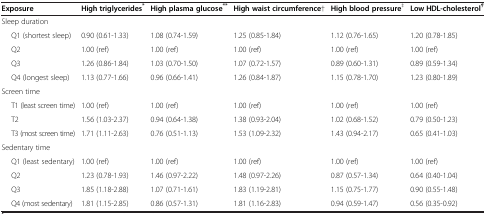
<table><thead><tr><td><b>Exposure</b></td><td><b>High triglycerides<sup>*</sup></b></td><td><b>High plasma glucose<sup>**</sup></b></td><td><b>High waist circumference†</b></td><td><b>High blood pressure<sup>‡</sup></b></td><td><b>Low HDL-cholesterol<sup><i>¶</i></sup></b></td></tr></thead><tbody><tr><td>Sleep duration</td><td> </td><td> </td><td> </td><td> </td><td> </td></tr><tr><td>Q1 (shortest sleep)</td><td>0.90 (0.61-1.33)</td><td>1.08 (0.74-1.59)</td><td>1.25 (0.85-1.84)</td><td>1.12 (0.76-1.65)</td><td>1.20 (0.78-1.85)</td></tr><tr><td>Q2</td><td>1.00 (ref)</td><td>1.00 (ref)</td><td>1.00 (ref)</td><td>1.00 (ref)</td><td>1.00 (ref)</td></tr><tr><td>Q3</td><td>1.26 (0.86-1.84)</td><td>1.03 (0.70-1.50)</td><td>1.07 (0.72-1.57)</td><td>0.89 (0.60-1.31)</td><td>0.89 (0.59-1.34)</td></tr><tr><td>Q4 (longest sleep)</td><td>1.13 (0.77-1.66)</td><td>0.96 (0.66-1.41)</td><td>1.26 (0.84-1.87)</td><td>1.15 (0.78-1.70)</td><td>1.23 (0.80-1.89)</td></tr><tr><td>Screen time</td><td> </td><td> </td><td> </td><td> </td><td> </td></tr><tr><td>T1 (least screen time)</td><td>1.00 (ref)</td><td>1.00 (ref)</td><td>1.00 (ref)</td><td>1.00 (ref)</td><td>1.00 (ref)</td></tr><tr><td>T2</td><td>1.56 (1.03-2.37)</td><td>0.94 (0.64-1.38)</td><td>1.38 (0.93-2.04)</td><td>1.02 (0.68-1.52)</td><td>0.79 (0.50-1.23)</td></tr><tr><td>T3 (most screen time)</td><td>1.71 (1.11-2.63)</td><td>0.76 (0.51-1.13)</td><td>1.53 (1.09-2.32)</td><td>1.43 (0.94-2.17)</td><td>0.65 (0.41-1.03)</td></tr><tr><td>Sedentary time</td><td> </td><td> </td><td> </td><td> </td><td> </td></tr><tr><td>Q1 (least sedentary)</td><td>1.00 (ref)</td><td>1.00 (ref)</td><td>1.00 (ref)</td><td>1.00 (ref)</td><td>1.00 (ref)</td></tr><tr><td>Q2</td><td>1.23 (0.78-1.93)</td><td>1.46 (0.97-2.22)</td><td>1.48 (0.97-2.26)</td><td>0.87 (0.57-1.34)</td><td>0.64 (0.40-1.04)</td></tr><tr><td>Q3</td><td>1.85 (1.18-2.88)</td><td>1.07 (0.71-1.61)</td><td>1.83 (1.19-2.81)</td><td>1.15 (0.75-1.77)</td><td>0.90 (0.55-1.48)</td></tr><tr><td>Q4 (most sedentary)</td><td>1.81 (1.15-2.85)</td><td>0.86 (0.57-1.31)</td><td>1.81 (1.16-2.83)</td><td>0.94 (0.59-1.47)</td><td>0.56 (0.35-0.92)</td></tr></tbody></table>